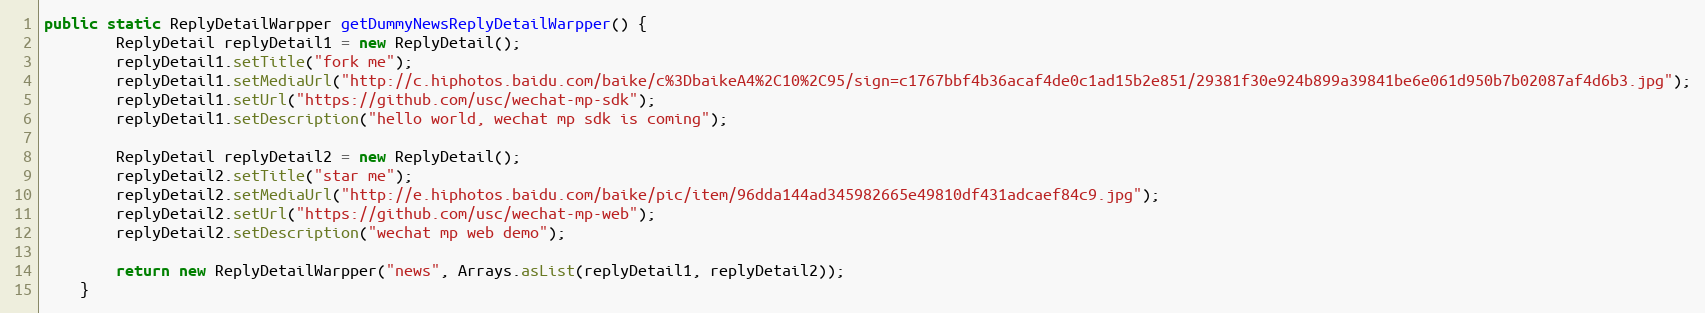
Language: Java
public static ReplyDetailWarpper getDummyNewsReplyDetailWarpper() {
        ReplyDetail replyDetail1 = new ReplyDetail();
        replyDetail1.setTitle("fork me");
        replyDetail1.setMediaUrl("http://c.hiphotos.baidu.com/baike/c%3DbaikeA4%2C10%2C95/sign=c1767bbf4b36acaf4de0c1ad15b2e851/29381f30e924b899a39841be6e061d950b7b02087af4d6b3.jpg");
        replyDetail1.setUrl("https://github.com/usc/wechat-mp-sdk");
        replyDetail1.setDescription("hello world, wechat mp sdk is coming");

        ReplyDetail replyDetail2 = new ReplyDetail();
        replyDetail2.setTitle("star me");
        replyDetail2.setMediaUrl("http://e.hiphotos.baidu.com/baike/pic/item/96dda144ad345982665e49810df431adcaef84c9.jpg");
        replyDetail2.setUrl("https://github.com/usc/wechat-mp-web");
        replyDetail2.setDescription("wechat mp web demo");

        return new ReplyDetailWarpper("news", Arrays.asList(replyDetail1, replyDetail2));
    }